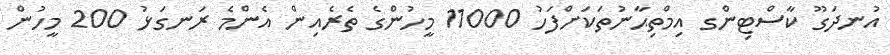
އުނދަގޫ ކާސްޓިންގ އިމްތިޙާނުތަކަށްފަހު 11000 މީހުންގެ ތެރެއިން އެންމެ ރަނގަޅު 200 މީހުން